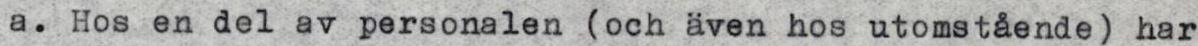
a. Hos en del av personalen (och även hos utomstående) har